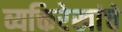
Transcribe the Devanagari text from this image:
व्यक्तिरेखांचे